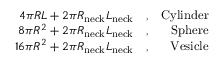
\begin{array} { r l r } { 4 \pi R L + 2 \pi R _ { \mathrm { n e c k } } L _ { \mathrm { n e c k } } } & { , } & { \mathrm { C y l i n d e r } } \\ { 8 \pi R ^ { 2 } + 2 \pi R _ { \mathrm { n e c k } } L _ { \mathrm { n e c k } } } & { , } & { \mathrm { S p h e r e } } \\ { 1 6 \pi R ^ { 2 } + 2 \pi R _ { \mathrm { n e c k } } L _ { \mathrm { n e c k } } } & { , } & { \mathrm { V e s i c l e } } \end{array}